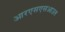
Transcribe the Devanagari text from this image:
आरएसएसआउल